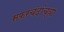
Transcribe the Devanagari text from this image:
सफरचंदांच्या